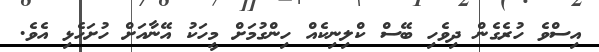
އިސްވެ ހުރެގެން ދިވެހި ބޭސް ކްލިނިކެއް ހިންގުމަށް މީހަކު އޭނާއަށް ހުށަހެޅި އެވެ.